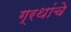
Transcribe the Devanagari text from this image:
ग्रथांचे